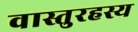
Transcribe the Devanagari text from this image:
वास्तुरहस्य